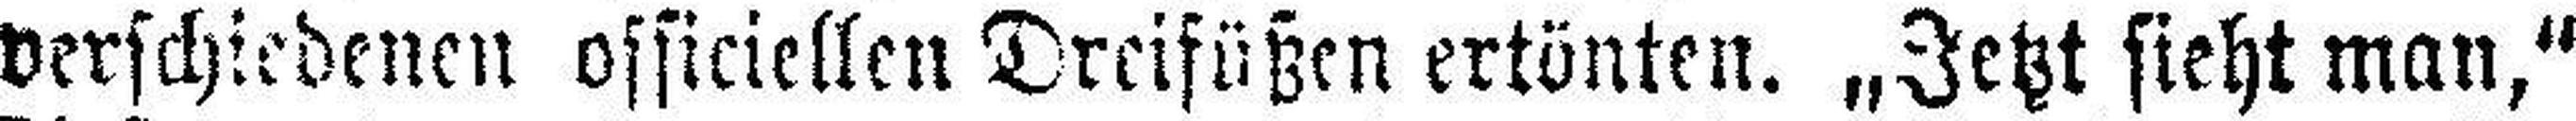
verschiedenen officiellen Dreifüßen ertönten. „Jetzt sieht man,“